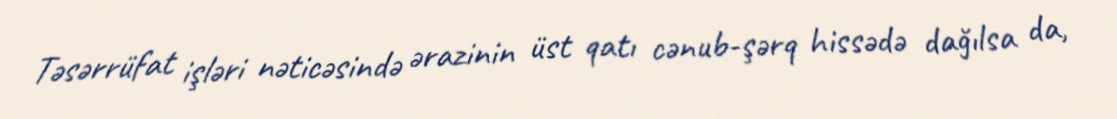
Təsərrüfat işləri nəticəsində ərazinin üst qatı cənub-şərq hissədə dağılsa da,